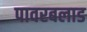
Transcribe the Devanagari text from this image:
पावरबलाड